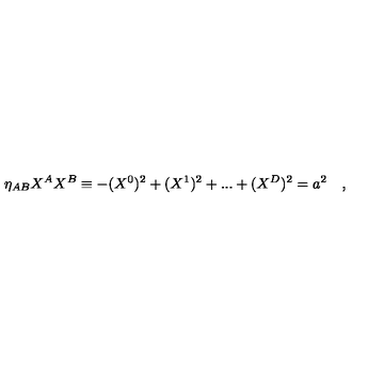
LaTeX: \eta _ { A B } X ^ { A } X ^ { B } \equiv - ( X ^ { 0 } ) ^ { 2 } + ( X ^ { 1 } ) ^ { 2 } + . . . + ( X ^ { D } ) ^ { 2 } = a ^ { 2 } \quad ,